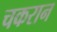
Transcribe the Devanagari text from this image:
चकरान